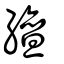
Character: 繵